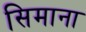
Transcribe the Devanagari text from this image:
सिमाना